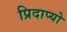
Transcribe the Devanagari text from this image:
प्रिदाप्यो